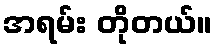
အရမ်း တိုတယ်။